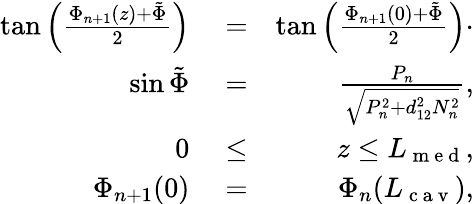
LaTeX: \begin{array}{rlr}{\tan\Big(\frac{\Phi_{n+1}(z)+\tilde{\Phi}}{2}\Big)}&{{}=}&{\tan\Big(\frac{\Phi_{n+1}(0)+\tilde{\Phi}}{2}\Big)\cdot}\\ {\sin\tilde{\Phi}}&{{}=}&{\frac{P_{n}}{\sqrt{P_{n}^{2}+d_{12}^{2}N_{n}^{2}}},}\\ {0}&{{}\le}&{z\le L_{\mathrm{~m~e~d~}},}\\ {\Phi_{n+1}(0)}&{{}=}&{\Phi_{n}(L_{\mathrm{~c~a~v~}}),}\end{array}